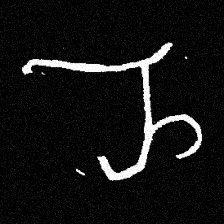
Pyu character \u2014 Myanmar letter: ည (romanized: nya)